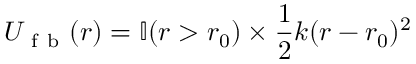
U _ { \mathrm { ~ f ~ b ~ } } ( r ) = \mathbb { I } ( r > r _ { 0 } ) \times \frac { 1 } { 2 } k ( r - r _ { 0 } ) ^ { 2 }